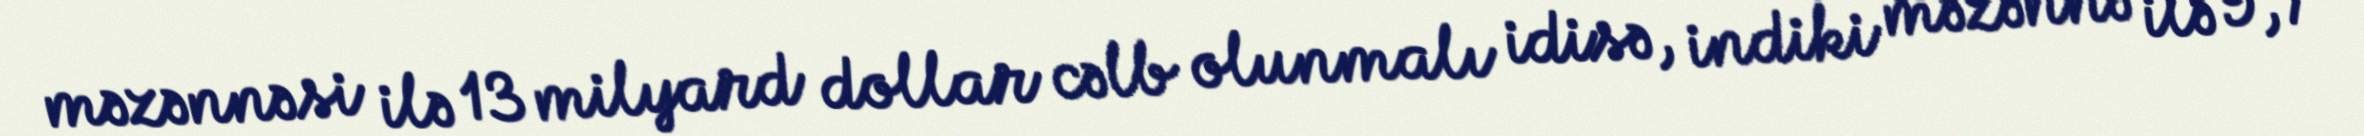
məzənnəsi ilə 13 milyard dollar cəlb olunmalı idisə, indiki məzənnə ilə 9,7